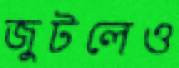
জুটলেও